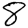
Digit: 8